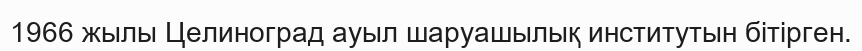
1966 жылы Целиноград ауыл шаруашылық институтын бітірген.